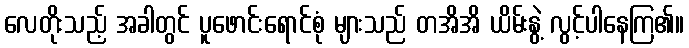
လေတိုးသည့် အခါတွင် ပူဖောင်းရောင်စုံ များသည် တအိအိ ယိမ်းနွဲ့ လွင့်ပါနေကြ၏။